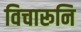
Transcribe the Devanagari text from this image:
विचारूनि